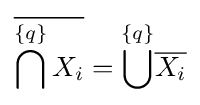
{\overline {\bigcap ^{\{q\}}X_{i}}}={\overset {\{q\}}{\bigcup }}{\overline {X_{i}}}